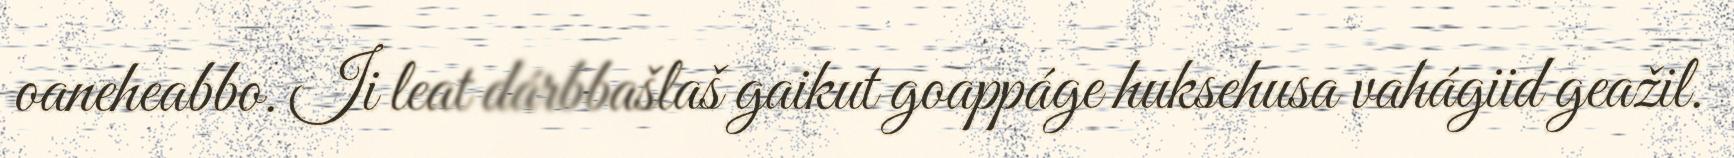
oaneheabbo. Ii leat dárbbašlaš gaikut goappáge huksehusa vahágiid geažil.